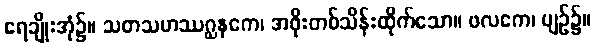
ရေချိုးအုံ၌။ သတသဟဿဂ္ဃနကေ၊ အဖိုးတစ်သိန်းထိုက်သော။ ဖလကေ၊ ပျဉ်၌။